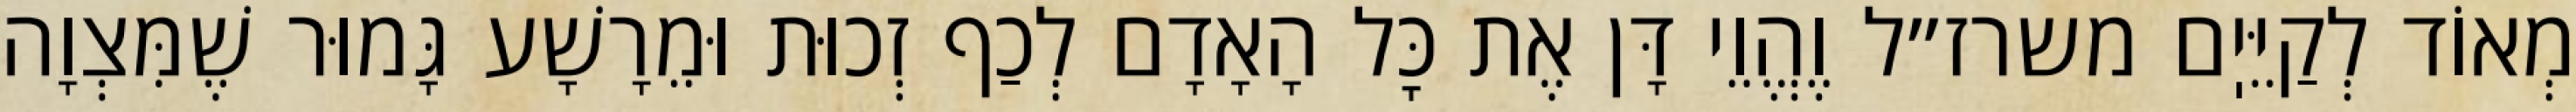
מְאוֹד לְקַיֵּיֽם משרז״ל וֶהֱוֵי דָּן אֶת כׇּל הָאָדָם לְכַף זְכוּת וּמֵרָשָׁע גָּמוּר שֶׁמִּצְוָה